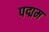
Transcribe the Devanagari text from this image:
पद्मम